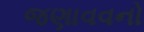
જણાવવનો